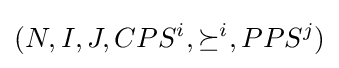
(N,I,J,CPS^{i},\succeq ^{i},PPS^{j})